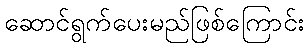
ဆောင်ရွက်ပေးမည်ဖြစ်ကြောင်း